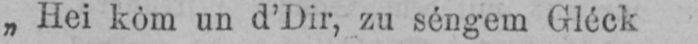
„Hei kôm un d’Dir, zu séngem Gléck